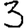
Digit: 3